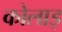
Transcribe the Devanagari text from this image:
कोलाइ